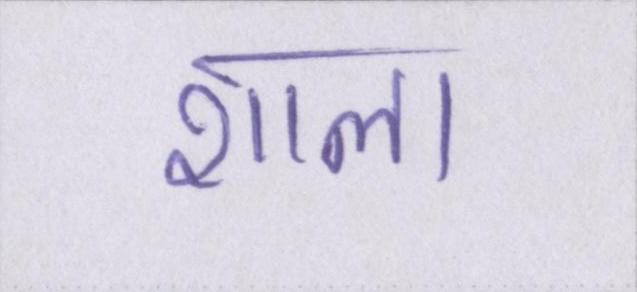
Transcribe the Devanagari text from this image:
शाला